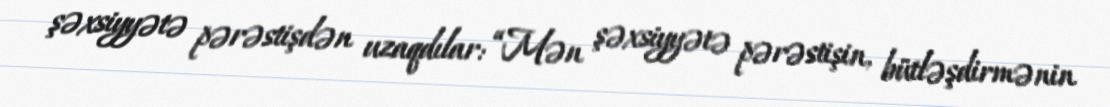
şəxsiyyətə pərəstişdən uzaqdılar: “Mən şəxsiyyətə pərəstişin, bütləşdirmənin